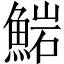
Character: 𩸶